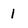
Character: 1